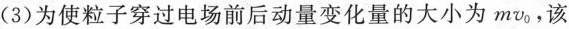
(3)为使粒子穿过电场前后动量变化量的大小为mv_{0}，该